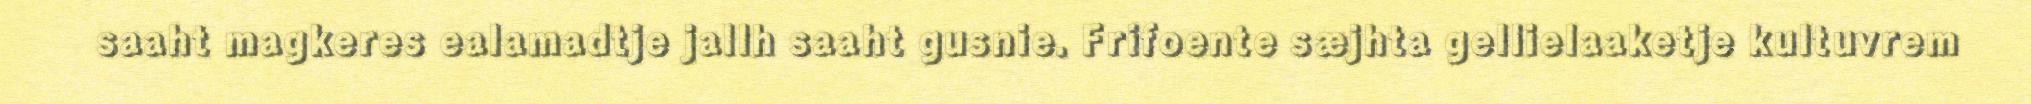
saaht magkeres ealamadtje jallh saaht gusnie. Frifoente sæjhta gellielaaketje kultuvrem